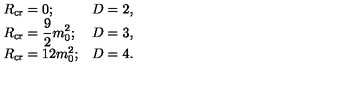
\begin{array} { l l } { R _ { \mathrm { c r } } = 0 ; } & { D = 2 , } \\ { \displaystyle R _ { \mathrm { c r } } = \frac { 9 } { 2 } m _ { 0 } ^ { 2 } ; } & { D = 3 , } \\ { R _ { \mathrm { c r } } = 1 2 m _ { 0 } ^ { 2 } ; } & { D = 4 . } \\ \end{array}